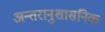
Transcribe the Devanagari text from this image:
अन्तरानुशासनिक